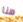
هنا